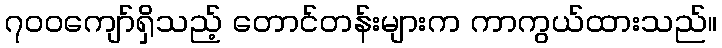
၇၀၀ကျော်ရှိသည့် တောင်တန်းများက ကာကွယ်ထားသည်။